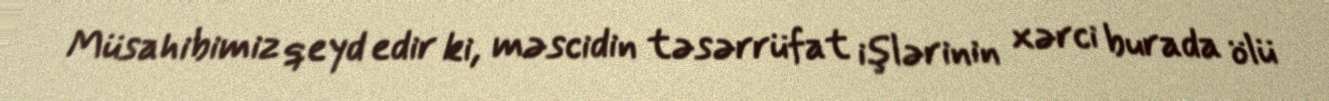
Müsahibimiz qeyd edir ki, məscidin təsərrüfat işlərinin xərci burada ölü